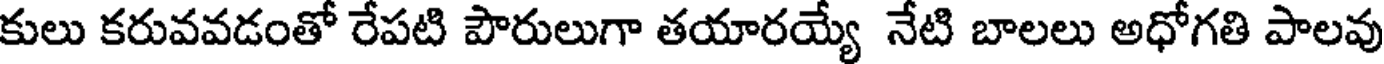
కులు కరువవడంతో రేపటి పౌరులుగా తయారయ్యే నేటి బాలలు అధోగతి పాలవు